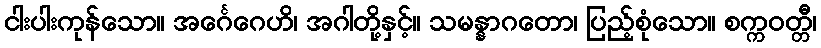
ငါးပါးကုန်သော။ အင်္ဂေဂေဟိ၊ အဂါတို့နှင့်။ သမန္နာဂတော၊ ပြည့်စုံသော။ စက္ကဝတ္တီ၊